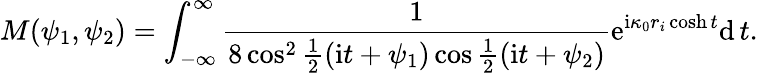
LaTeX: M(\psi_{1},\psi_{2})=\int_{-\infty}^{\infty}\frac{1}{8\cos^{2}\frac{1}{2}(\mathrm{i}t+\psi_{1})\cos\frac{1}{2}(\mathrm{i}t+\psi_{2})}\mathrm{e}^{\mathrm{i}\kappa_{0}r_{i}\cosh t}\mathrm{d}\, t.